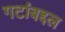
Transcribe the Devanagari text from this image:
गटांबद्दल